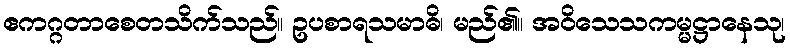
ဧကဂ္ဂတာစေတသိက်သည်။ ဥပစာရသမာဓိ၊ မည်၏။ အဝိသေသကမ္မဋ္ဌာနေသု၊